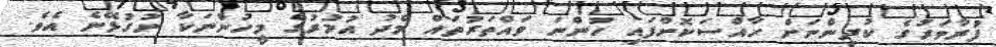
ފުރާވަރުގެ ކުދިންނަށް ހާއްސަކޮށްފައި ހުންނަ ވައްތަރުތައް މެދު އުމުރުގެ މީހުންނަކާ ނުގުޅޭނެ އެވެ.